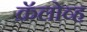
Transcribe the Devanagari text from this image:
क्रॅलोव्ह